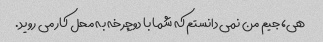
هی، جیم من نمی دانستم که شما با دوچرخه به محل کار می روید.